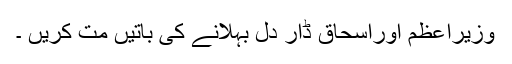
وزیراعظم اوراسحاق ڈار دل بہلانے کی باتیں مت کریں ۔